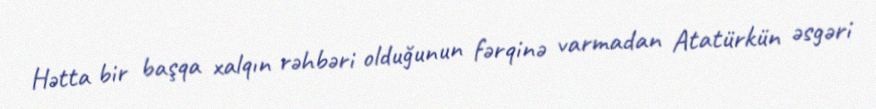
Hətta bir başqa xalqın rəhbəri olduğunun fərqinə varmadan Atatürkün əsgəri